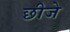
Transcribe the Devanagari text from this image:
छीजे